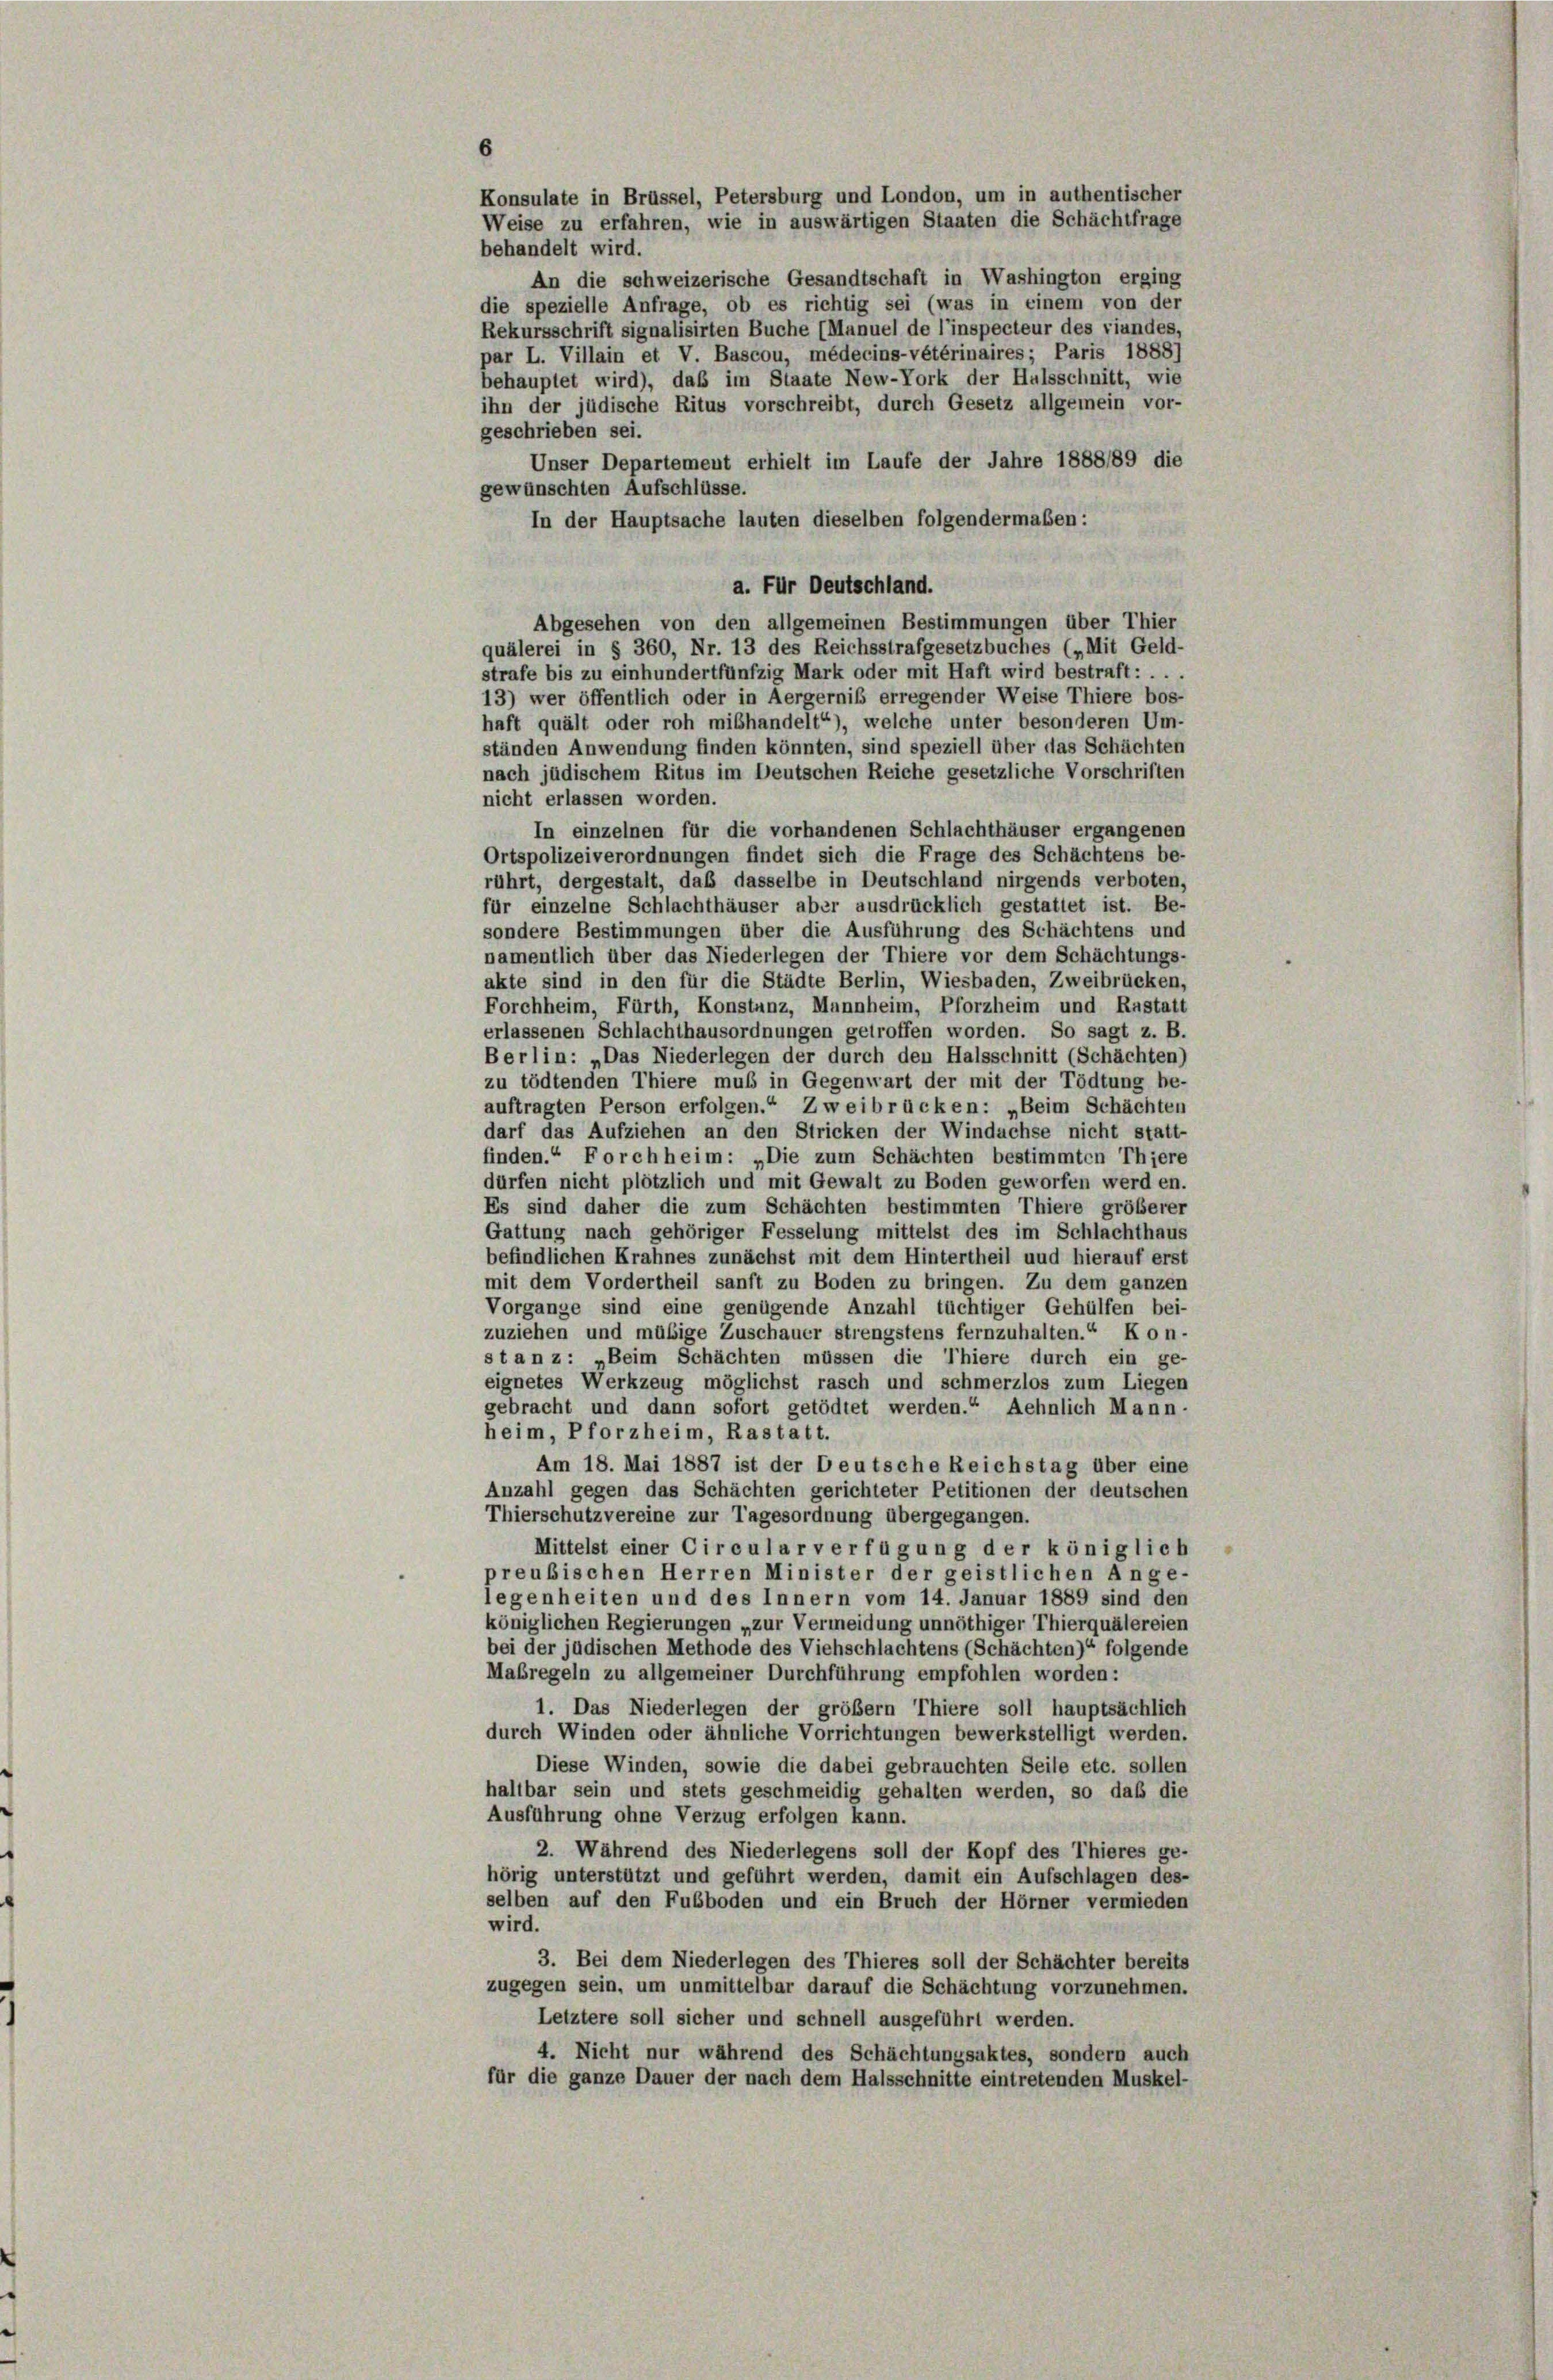
6
behandelt wird.
An die schweizerische Gesandtschaft in Washington erging
die spezielle Anfrage, ob es richtig sei (was in einem von der
Rekursschrift signalisirten Buche (Manuel de l’inspecteur des viandes,
par L. Villain et V. Bascou, médecins-vétérinaires; Paris 1888)
behauptet wird), daß im Staate New-York der Halsschnitt, wie
ihn der jüdische Ritus vorschreibt, durch Gesetz allgemein vor-
geschrieben sei.
Unser Departement erhielt im Laufe der Jahre 1888/89 die
gewünschten Aufschlüsse.
In der Hauptsache lauten dieselben folgendermaßen:
a. Für Deutschland.
Abgesehen von den allgemeinen Bestimmungen über Thier
quälerei in § 360, Nr. 13 des Reichsstrafgesetzbuches („Mit Geld-
strafe bis zu einhundertfünfzig Mark oder mit Haft wird bestraft: . . .
13) wer öffentlich oder in Aergernis erregender Weise Thiere bos-
haft quält oder roh mißhandelt“), welche unter besonderen Um-
ständen Anwendung finden könnten, sind speziell über das Schächten
nach jüdischem Ritus im Deutschen Reiche gesetzliche Vorschriften
nicht erlassen worden.
In einzelnen für die vorhandenen Schlachthäuser ergangenen
Ortspolizeiverordnungen findet sich die Frage des Schächtens be-
rührt, dergestalt, daß dasselbe in Deutschland nirgends verboten,
für einzelne Schlachthäuser aber ausdrücklich gestattet ist. Be-
sondere Bestimmungen über die Ausführung des Schächtens und
namentlich über das Niederlegen der Thiere vor dem Schächtungs-
akte sind in den für die Städte Berlin, Wiesbaden, Zweibrücken,
Forchheim, Fürth, Konstanz, Mannheim, Pforzheim und Rastatt
erlassenen Schlachthausordnungen getroffen worden. So sagt z. B.
Berlin: „Das Niederlegen der durch den Halsschnitt (Schächten)
zu tödtenden Thiere muß in Gegenwart der mit der Tödtung be-
auftragten Person erfolgen.“ Zweibrücken: „Beim Schächten
darf das Aufziehen an den Stricken der Windachse nicht statt-
finden.“ Forchheim: „Die zum Schächten bestimmten Thiere
dürfen nicht plötzlich und mit Gewalt zu Boden geworfen werden.
Es sind daher die zum Schächten bestimmten Thiere größerer
Gattung nach gehöriger Fesselung mittelst des im Schlachthaus
befindlichen Krahnes zunächst mit dem Hintertheil und hierauf erst
mit dem Vordertheil sanft zu Boden zu bringen. Zu dem ganzen
Vorgange sind eine genügende Anzahl tüchtiger Gehülfen bei-
zuziehen und müßige Zuschauer strengstens fernzuhalten.“ Kon-
stanz: „Beim Schächten müssen die Thiere durch ein ge-
eignetes Werkzeug möglichst rasch und schmerzlos zum Liegen
gebracht und dann sofort getödtet werden.“ Aehnlich Mann-
heim, Pforzheim, Rastatt.
Am 18. Mai 1887 ist der Leutsche Reichstag über eine
Anzahl gegen das Schächten gerichteter Petitionen der deutschen
Thierschutzvereine zur Tagesordnung übergegangen.
Mittelst einer Circular verfügung der königlich
preußischen Herren Minister der geistlichen Ange-
legenheiten und des Innern vom 14. Januar 1889 sind den
königlichen Regierungen „zur Vermeidung unnöthiger Thierquälereien
bei der jüdischen Methode des Viehschlachtens (Schächten)“ folgende
Maßregeln zu allgemeiner Durchführung empfohlen worden:
1. Das Niederlegen der größer Thiere soll hauptsächlich
durch Winden oder ähnliche Vorrichtungen bewerkstelligt werden.
Diese Winden, sowie die dabei gebrauchten Seile etc. sollen
haltbar sein und stets geschmeidig gehalten werden, so daß die
Ausführung ohne Verzug erfolgen kann.
2. Während des Niederlegens soll der Kopf des Thieres ge-
hörig unterstützt und geführt werden, damit ein Aufschlagen des-
selben auf den Fußboden und ein Bruch der Hörner vermieden
wird.
3. Bei dem Niederlegen des Thieres soll der Schächter bereits
zugegen sein, um unmittelbar darauf die Schachtung vorzunehmen.
Letztere soll sicher und schnell ausgeführt werden.
4. Nicht nur während des Schachtungsaktes, sondern auch
für die ganze Dauer der nach dem Halsschnitte eintretenden Muskel-

Konsulate in Brüssel, Petersburg und London, um in authentischer
Weise zu erfahren, wie in auswärtigen Staaten die Schächtfrage